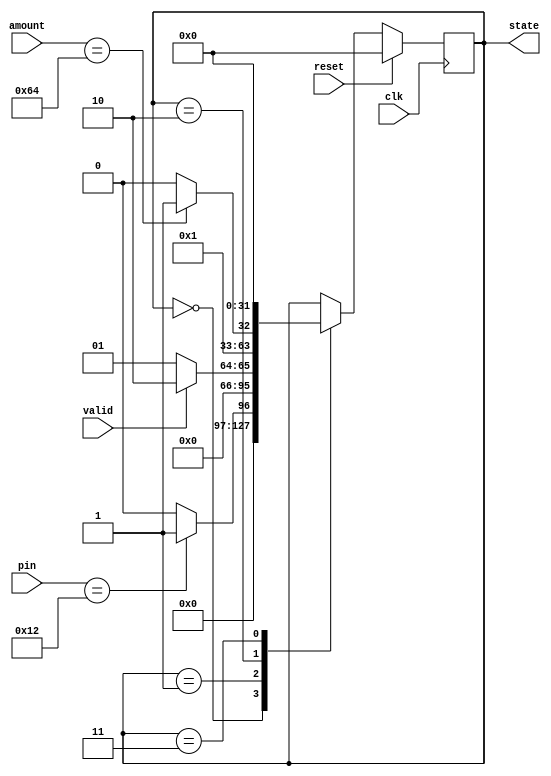
module fsm (
  input clk,
  input reset,
  input [4:0] pin,
  input valid,
  input [7:0] amount,
  output reg [31:0] state
);

  always @(posedge clk) begin
    if (reset) begin
      state <= 4'b0000;
    end else begin
      case (state)
        4'b0000: begin
          if (pin == 5'd1234) begin
            state <= 4'b0001;
          end else begin
            state <= 4'b0000;
          end
        end
        4'b0001: begin
          if (valid) begin
            state <= 4'b0010;
          end else begin
            state <= 4'b0001;
          end
        end
        4'b0010: begin
          if (amount == 8'd100) begin
            state <= 4'b0011;
          end else begin
            state <= 4'b0010;
          end
        end
        4'b0011: begin
          state <= 4'b0000;
        end
      endcase
    end
  end

endmodule